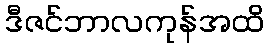
ဒီဇင်ဘာလကုန်အထိ